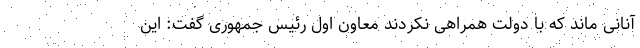
آنانی ماند که با دولت همراهی نکردند معاون اول رئیس جمهوری گفت: این